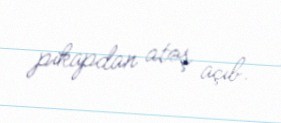
pikapdan atəş açıb.